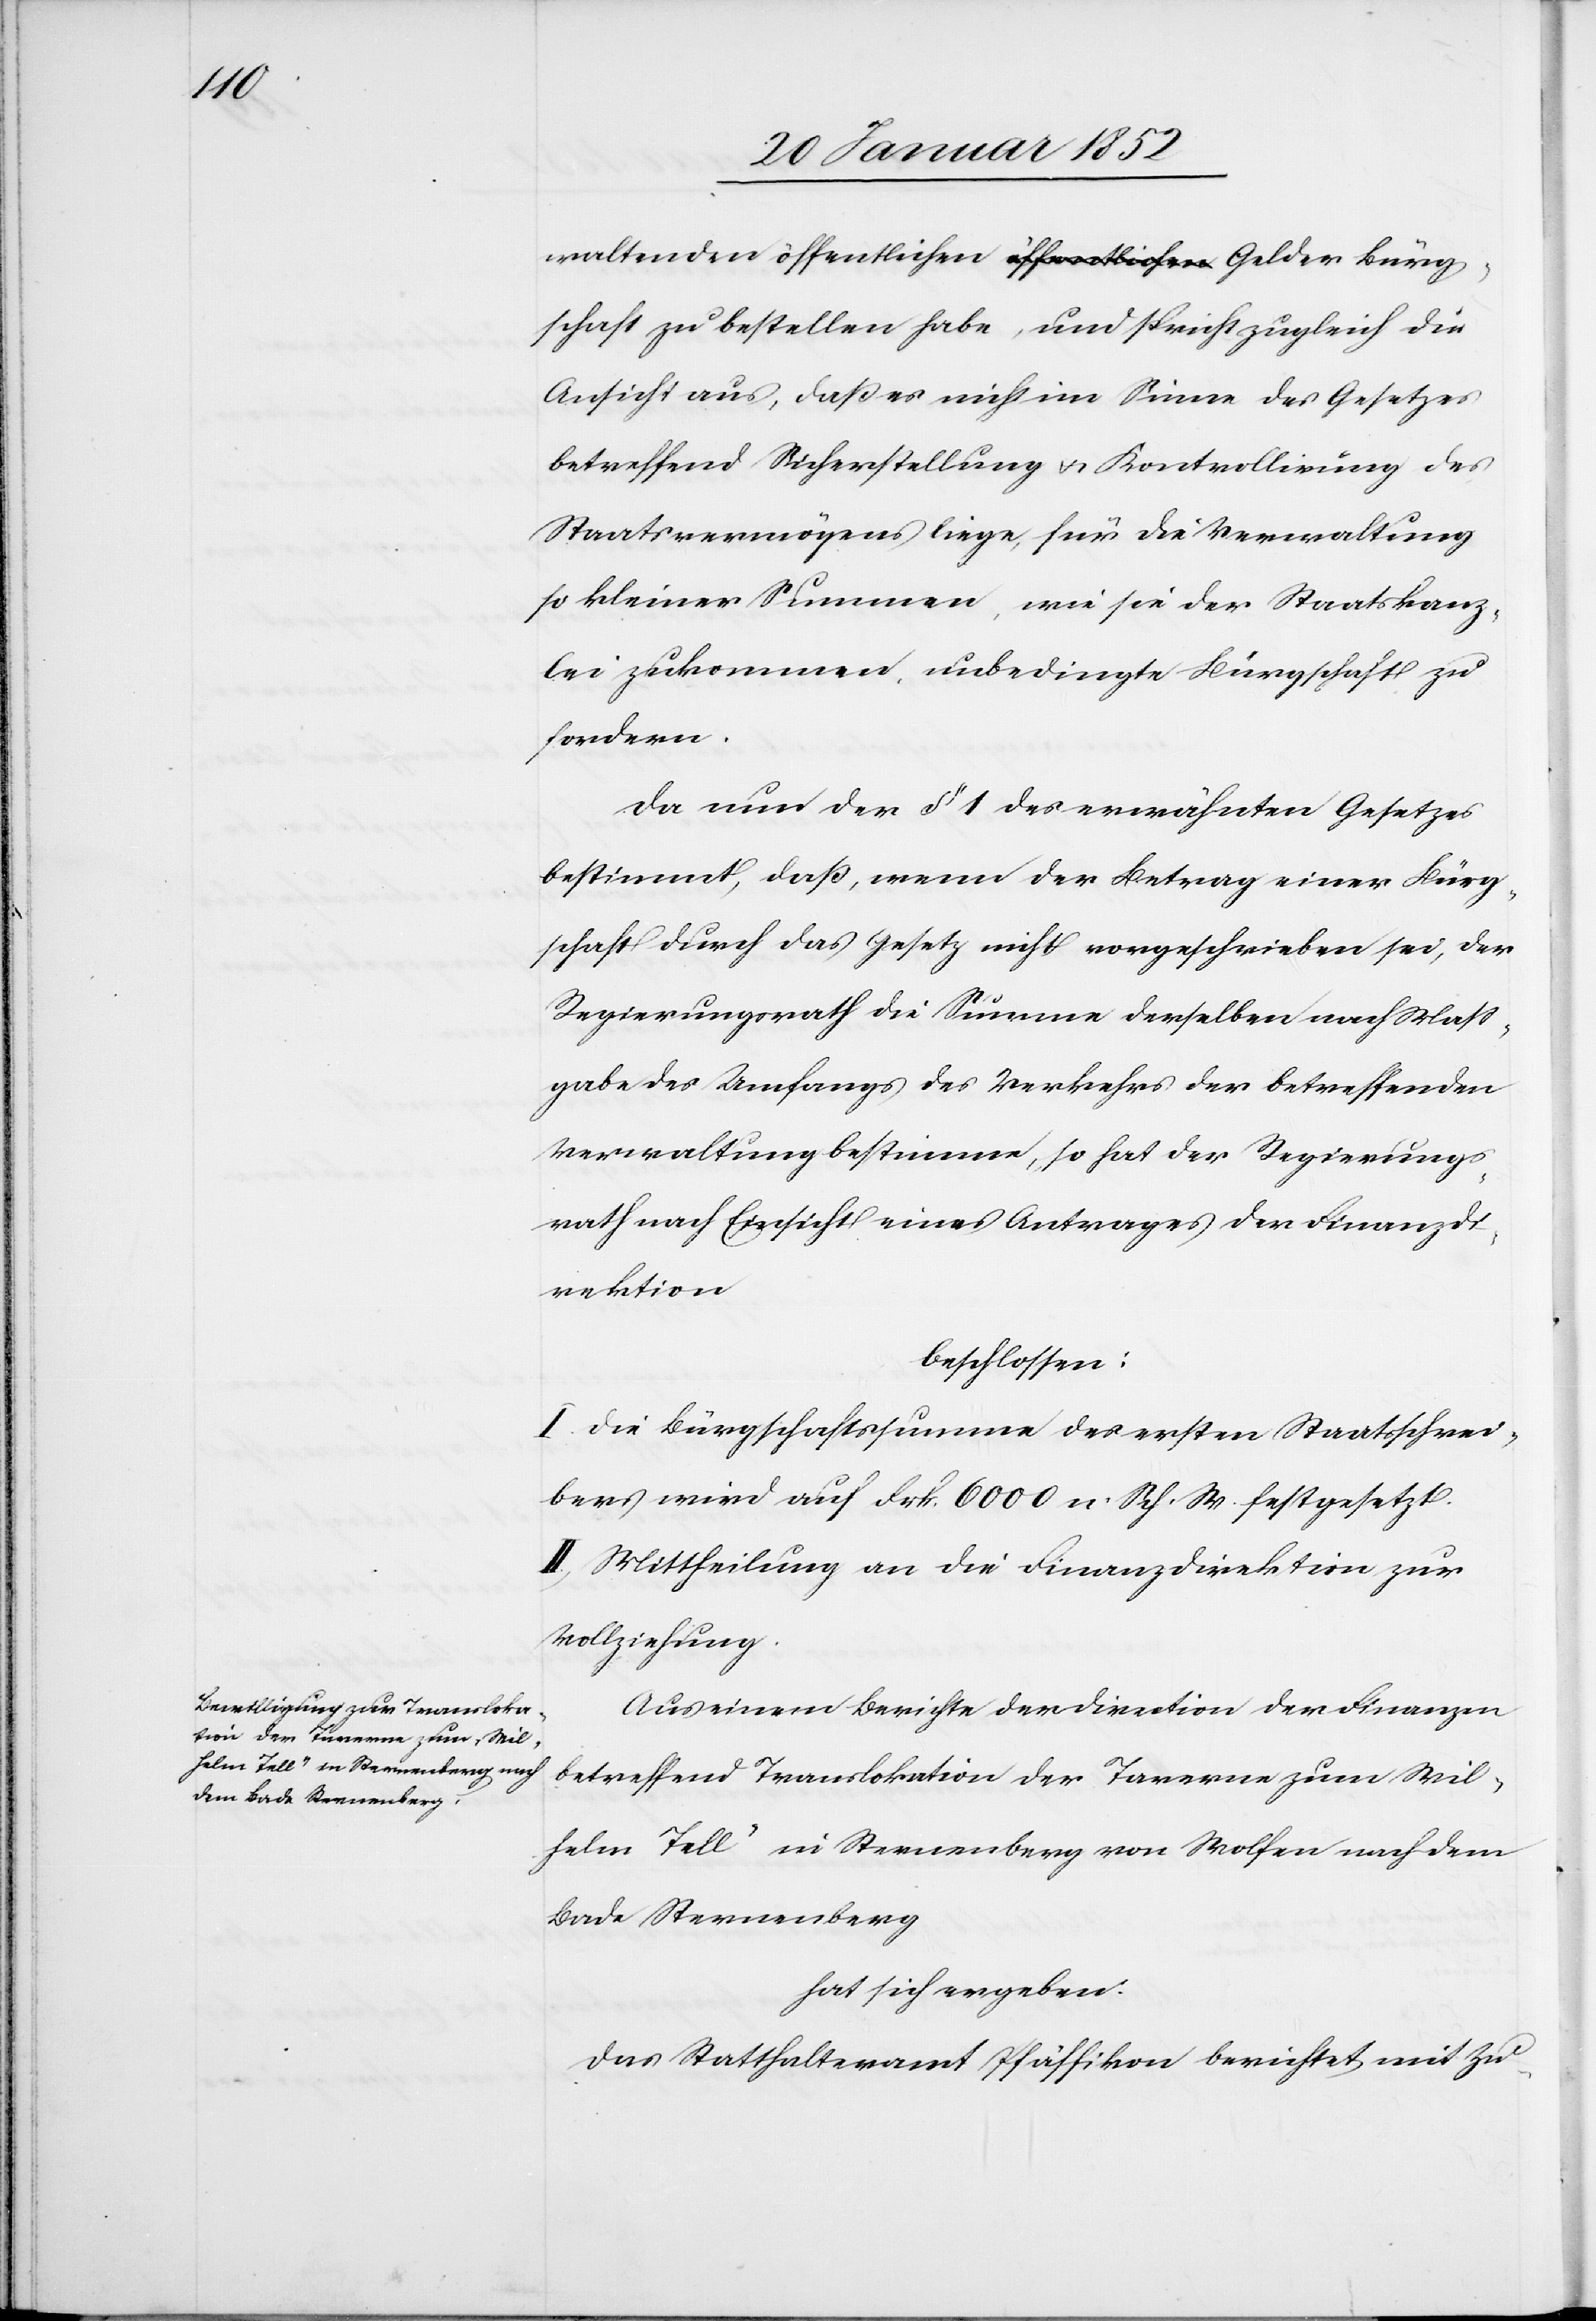
waltenden öffentlichen Gelder Bürgschaft zu bestellen habe,
Ansicht aus, daß es nicht im Sinne des Gesetzes
betreffend Sicherstellung u. Kontrollirung des
Staatsvermögens liege, für die Verwaltung
so kleiner Summen, wie sie der Staatskanz¬
lei zukommen, unbedingte Bürgschaft zu
fordern.
Da nun der § 1 des erwähnten Gesetzes
bestimmt, daß, wenn der Betrag einer Bürg¬
schaft durch das Gesetz nicht vorgeschrieben sei, der
Regierungsrath die Summe derselben nach Maß¬
gabe des Umfangs des Verkehrs der betreffenden
Verwaltung bestimmen, so hat der Regierungs¬
rath nach Einsicht eines Antrages der Finanzdi¬
rektion
beschlossen:
I. Die Bürgschaftssumme des ersten Staatsschrei¬
bers wird auf Frk. 6000 n. Sch. W. festgesetzt.
II. Mittheilung an die Finanzdirektion zur
Vollziehung.
Aus einem Berichte der Direction der Finanzen
betreffend Translokation der Taverne zum [„]Wil¬
helm Tell“ in Sternenberg von Wolfen nach dem
Bade Sternenberg.
hat sich ergeben.
Das Statthalteramt Pfäffikon berichtet mit Zu-